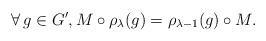
LaTeX: \begin{gather*}\forall\, g\in G',M\circ \rho_\lambda(g)= \rho_{\lambda-1}(g)\circ M.\end{gather*}